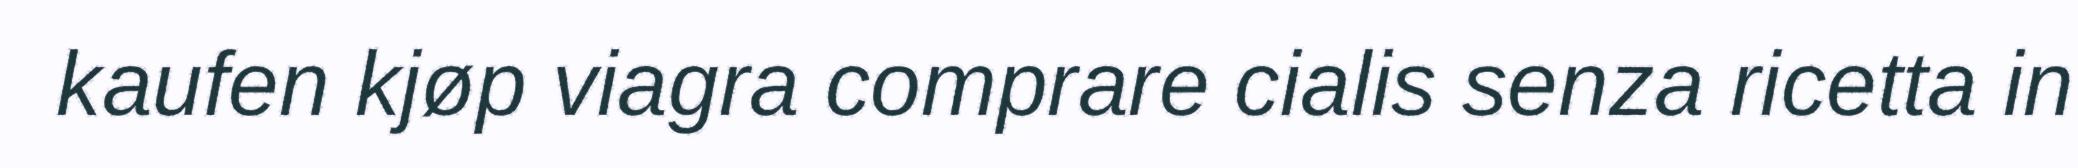
kaufen kjøp viagra comprare cialis senza ricetta in